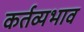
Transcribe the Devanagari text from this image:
कर्तव्यभाव